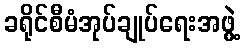
ခရိုင်စီမံအုပ်ချုပ်ရေးအဖွဲ့